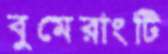
বুমেরাংটি